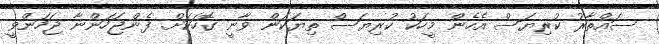
ސައްތާރު ކުރިޔަސް އެހެން މީހަކު ކުރިޔަސް ތިޔަކަން ވާނީ ގޮހަކަށް. ފެންޖަހަންނާ ޖަހަންވީ